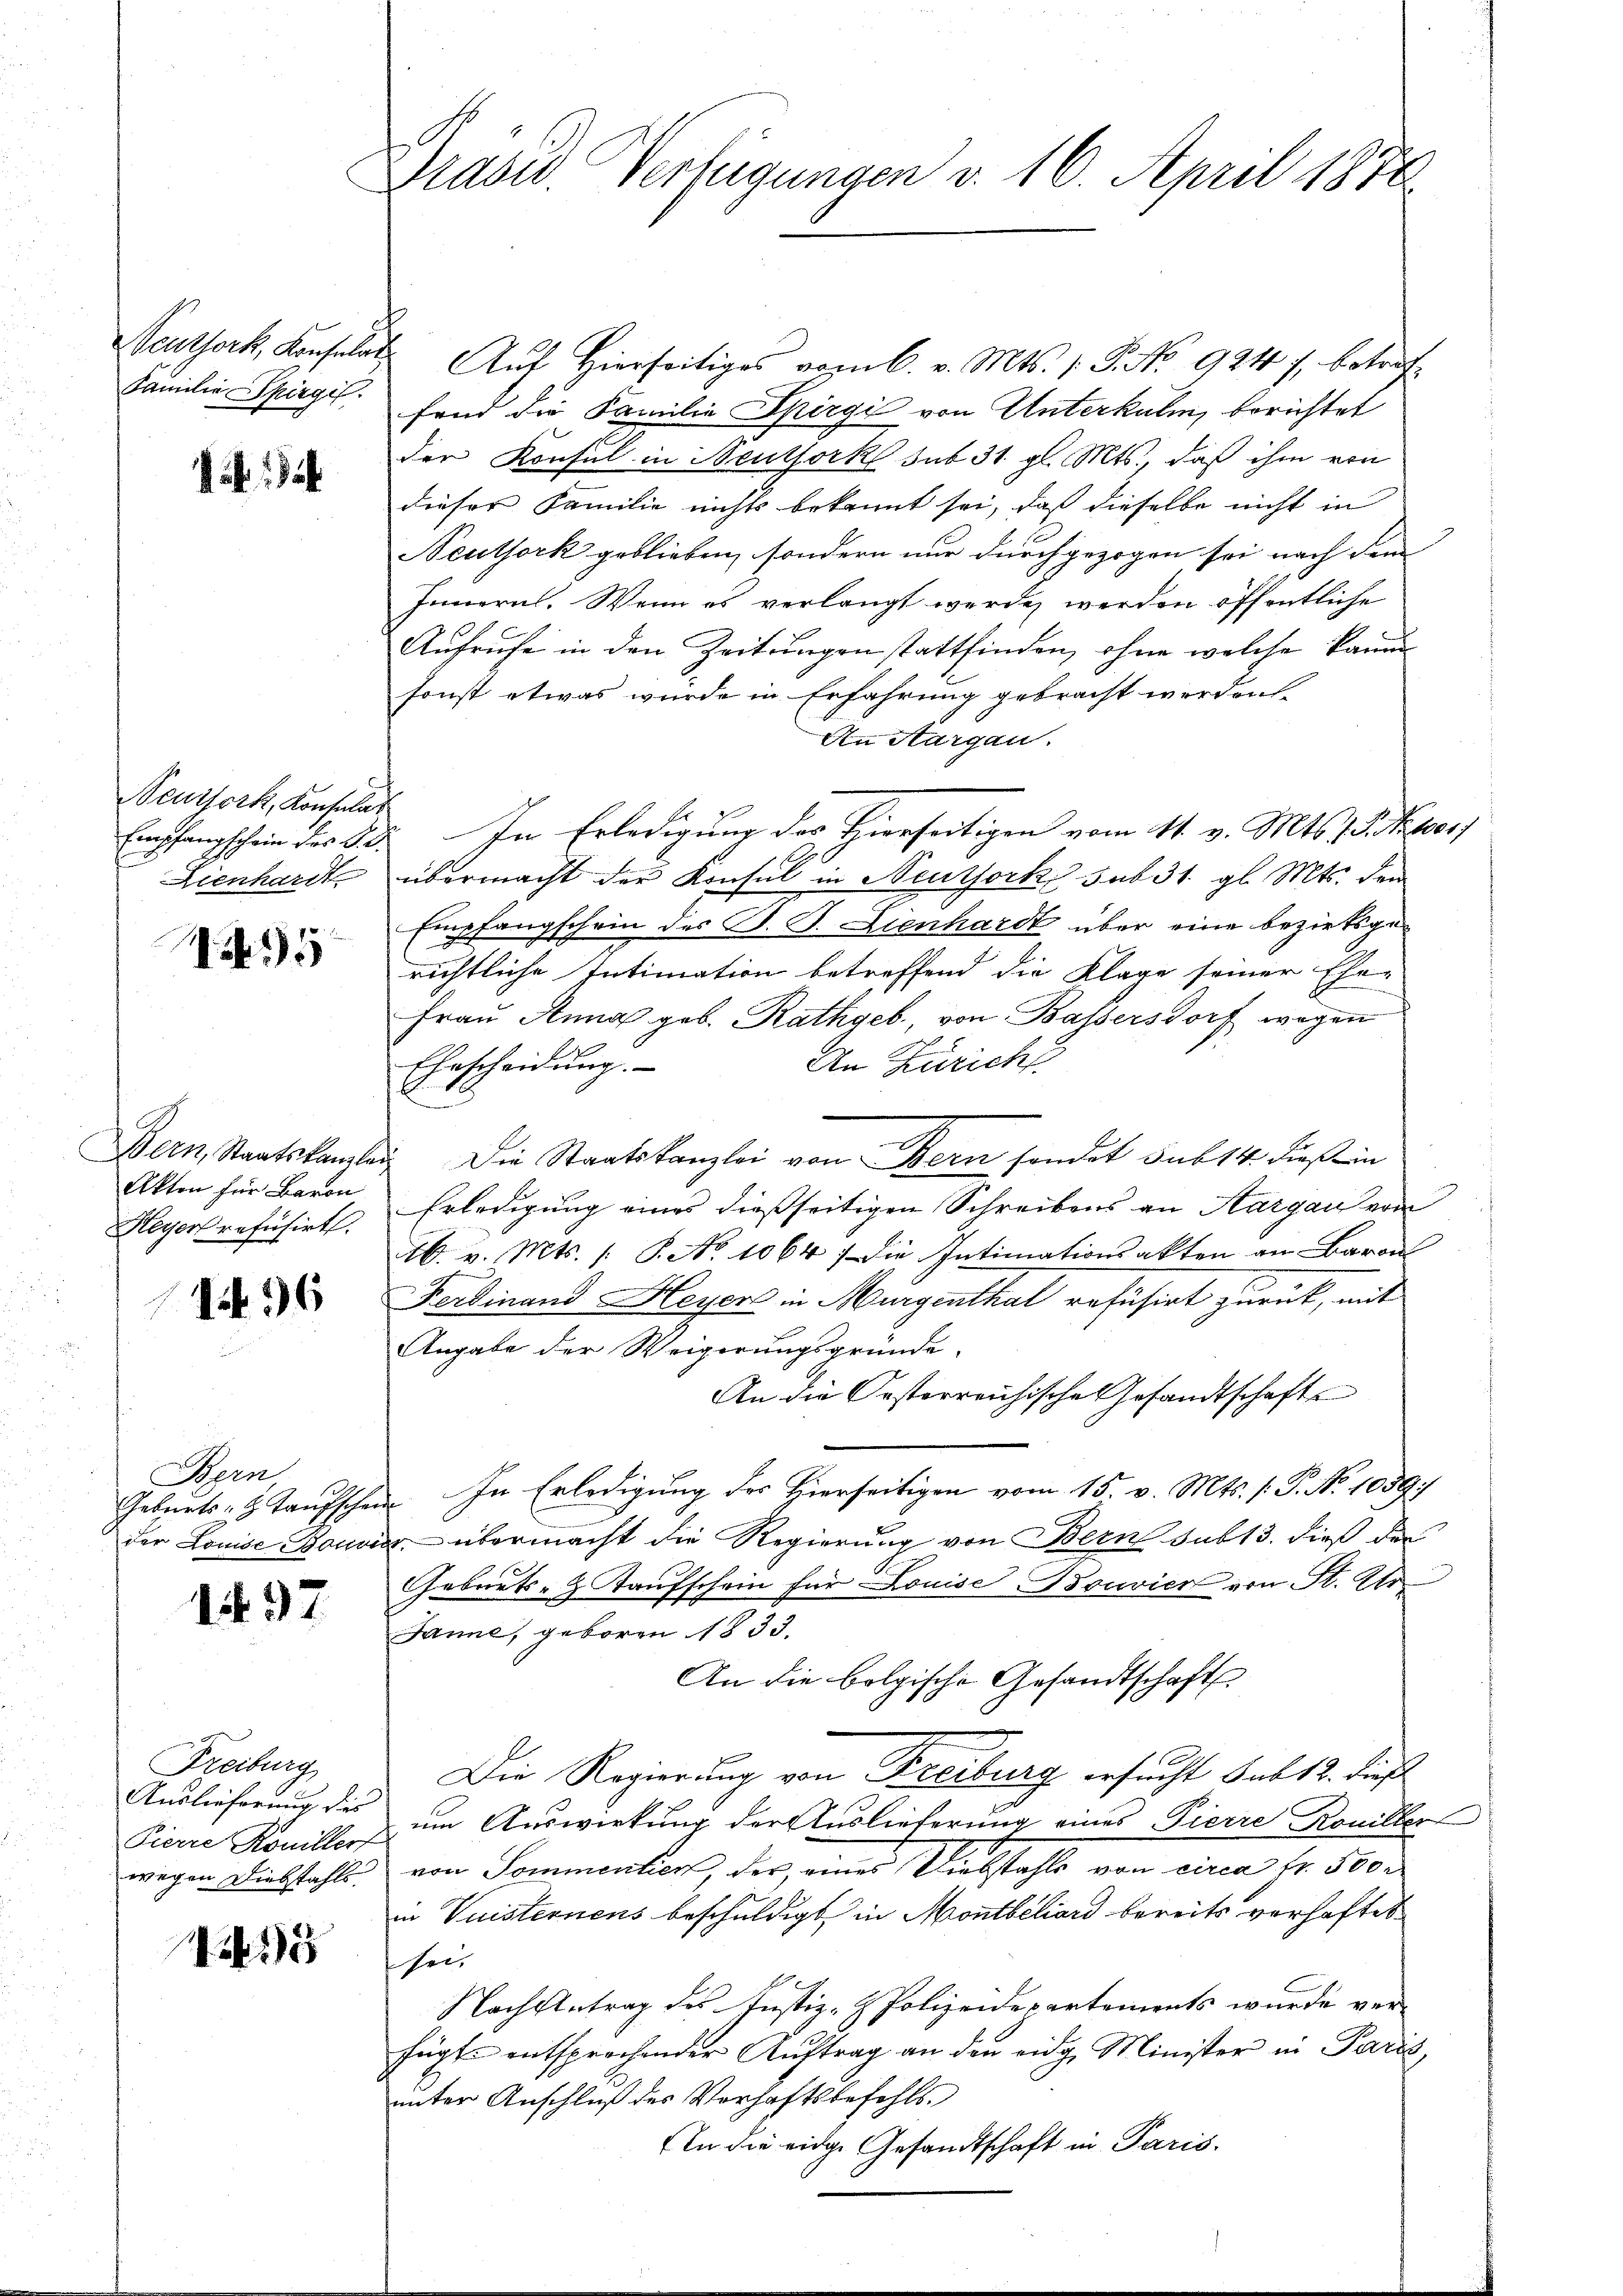
Seusork, Konsulat
Lienhardt

15

Akten für Baron
Heyer refusirt.

196

Bern

1497

Freiburg
Auslieferung dies
Pierre Roniller

15

Seuthork, Konsulat Auf hierseitiges vom 6. v. Mts. 1. P. No. 924 f. betref¬
Familie Spirgil fand die Familie Spirgi von Unterkulm, berichtet
der Konsul in Neuthork sub 31. gl. Mts., daß ihm von
dieser Familie nichts bekannt sei, daß dieselbe nicht in
Neuthork geblieben, sondern nur durchgezogen sei nach dem |
Innern. Wenn es verlangt werden werden öffentliche
Aufrufe in den Zeitungen stattfinden, ohne welche kann
sonst etwas würde in Erfahrung gebracht werden.
An Aargau.
Empfangschein des Bd. In Erledigung des Hierseitigen vom 11. v. Mts. 1 S. Nr. 1000f
übermacht der Konsul in Neuthock sub 31. gl. Mts. den
Empfangschein des B. P. Lienhardt über eine bezirksgerichtliche Intimation betreffend die Klage seiner Ehe-
Frau Anna geb. Rathgeb., von Bassersdorf wegen
An Zürich.
Ehrscheidŭng.
Bern, Staatskanzlei die Staatskanzlei von Bern sondet sub 14. dies in
Erledigung eines dießseitigen Schreibens an Aargau von
16. v. Mts. /: P. No 1064. Die Intimationsakten an Baron
Ferdinand Heyer in Murgenthal refüsirt zurück, mit
Angabe der Weigerungsgründe.
An die Oesterreichische Gesandtschaft
Geburts- & Taufschein. In Erledigung des Hierseitigen vom 15. v. Mts. s. P. No 1089
der Louise Bouvier übermacht die Regierung von Bern sub 13. dieß der
Geburts- & Taufschein für Louise Bouvier von St. Ur
Janne, geboren 1833.
An die bolgische Gesandtschaft
Die Regierung von Freiburg ersucht Sub 12. dieß
um Auswirkung der Auslieferung eines Pierre Rouiller
wegen Diebstahls von Sommentier, der eines Diebstahls von circa Fr. 500
in Vuisternens beschuldigt, in Montbéliard bereits verhaftet
sei
Nachstetrag des Justiz- & Polizeidepartements wurde ver-
fügt entsprochender Auftrag an den eidg. Minister in Paris,
unter Anschluß des Verhaftsbefehls
In die eidge Gesandtschaft in Paris.

Präsid. Verfügungen v. 16. April 1876